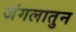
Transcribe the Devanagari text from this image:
जंगलातुन